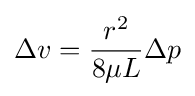
\Delta v={\frac {r^{2}}{8\mu L}}{\Delta p}